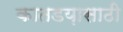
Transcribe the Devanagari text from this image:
कातडय़ासाठी